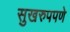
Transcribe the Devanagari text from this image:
सुखरुपपणे